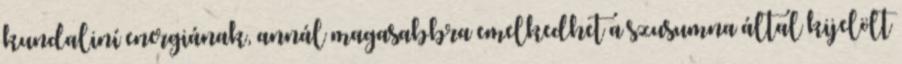
kundaliní energiának, annál magasabbra emelkedhet a szusumna által kijelölt